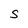
Character: S